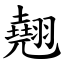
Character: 翹